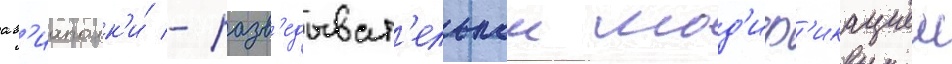
ав'иаполк'и́ - разв'едыват'ельнои мод'иф'икациеи